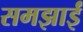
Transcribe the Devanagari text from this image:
समझाईं